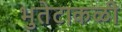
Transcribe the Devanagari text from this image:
भुतेटाकळी